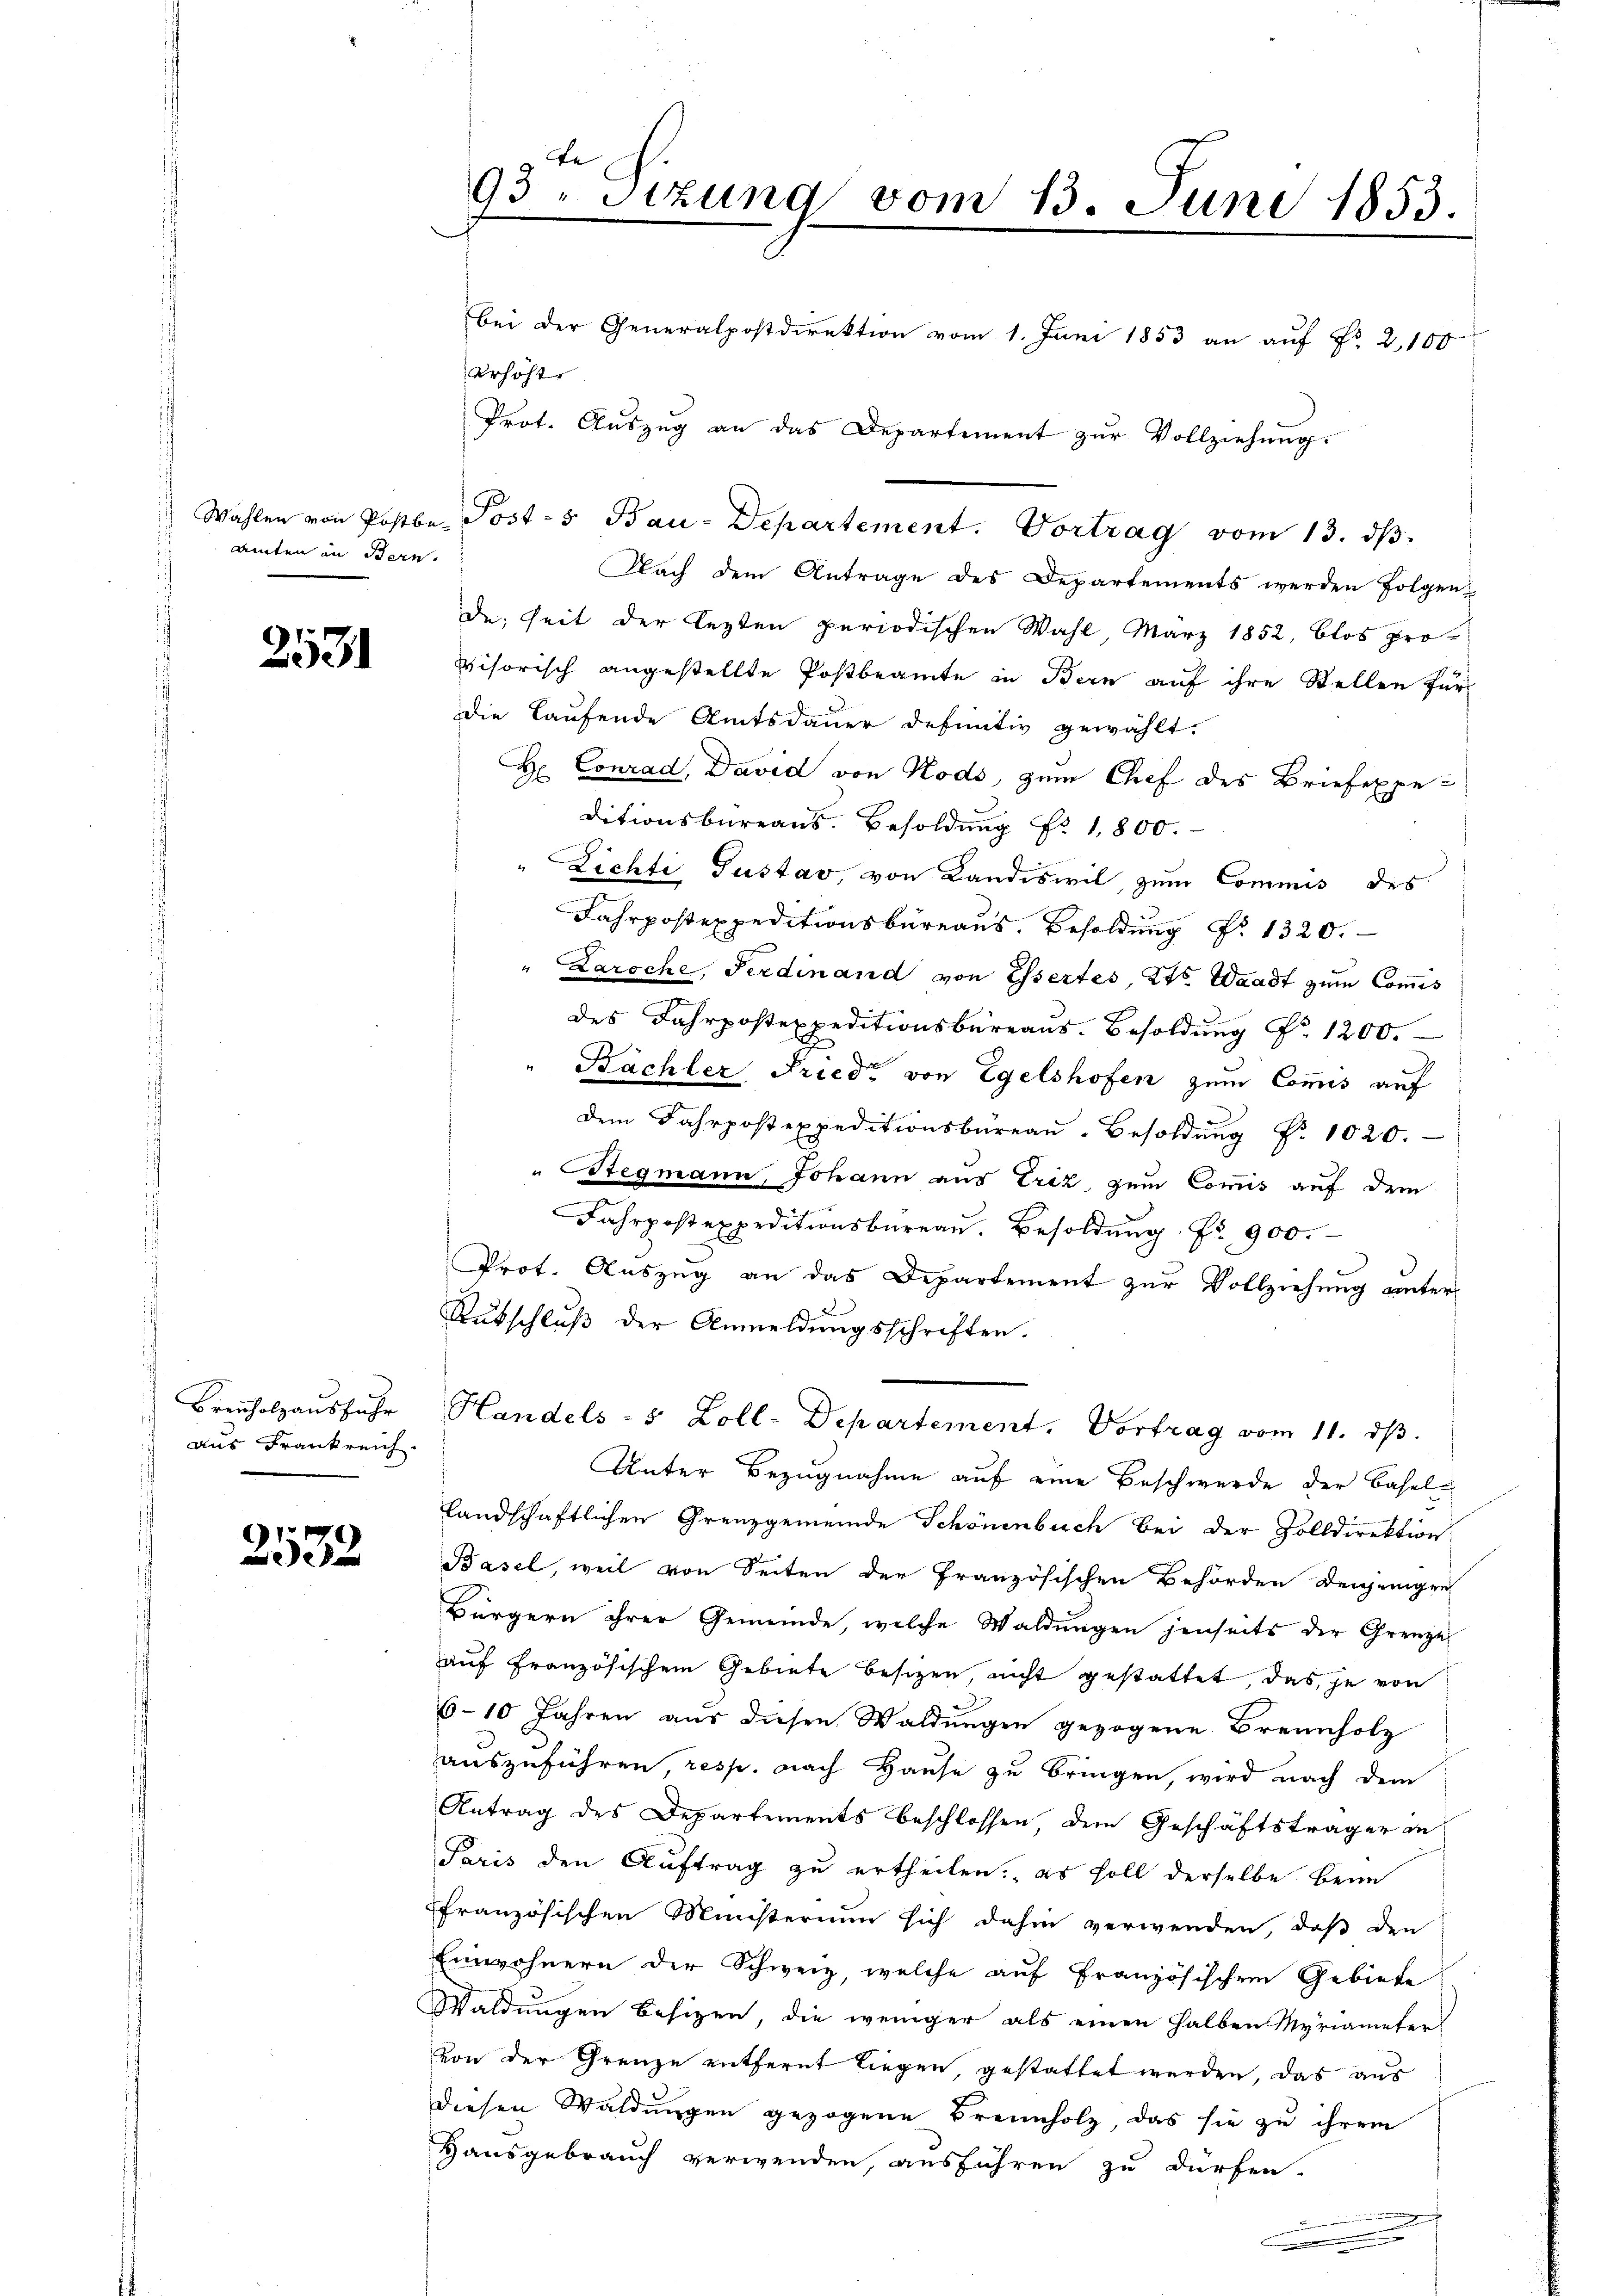
Amten in Bern.

2531

Brennholzausfuhr
aus Frankreich.

2532.

93. Sitzung vom 13. Juni 1853.

erhöht.
Nach dem Antrage des Departements werden folgen-
de; seit der lezten periodischen Wahl, März 1852, blos pro-
visorisch angestellte Postbeamte in Bern auf ihre Stellen für
die Laufende Amtsdauer definitiv gewählt.
A
Conrad, David von Kods, zum Chef des Briefexpe¬
2
ditionsbureaus. Besoldung Nr. 1,800.
" Lichti Gustav, von Landoswil, zum Commis des
Jahrposexpeditionsbüreaus. Besoldung Nr. 1320.
" Laroche, Ferdinand von Essertes, 2te Waadt zum Commis
des Fahrpostexpeditionsbüreaus. Besoldung Nr. 1200.
Bächler, Fried von Egelshofen zum Commis auf
dem Jahrpostexpeditionsbüreau. Besoldŭng Nr. 1020.
Stegmann, Johann aus Triz, zum Commis auf dem
Fahrpostexpeditionsbüreau. Besoldŭng Nr. 900.
Prot. Auszug an das Departement zur Vollziehung unter¬
Rutschluß der Anmeldungsschriften.
Handels- 5 Zoll-Departement. Vortrag vom 11. dβ.
Unter Bezugnahme auf eine Beschwerde der Basellandschaftlichen Grenzgemeinde Schönenbuch bei der Zolldirektion
Basel, weil von Seiten der Französischen Behörden denjenigen
Bürgern ihrer Gemeinde, welche Waldungen jenseits der Grenze
auf Französischem Gebiete besizen nicht gestattet, das je von
6-10 Jahren aus diesen Waldungen gezogene Brennholz
auszuführen, resp. nach Hause zu bringen, wird nach dem
Antrag des Departements beschlossen dem Geschäftsträger an
Paris den Auftrag zu ertheilen: es soll derselbe. Beim
ffranzösischen Ministerium sich dahin verwenden, daß den
Einwohnern der Schweiz, welche auf französischen Gebiete
Waldungen besizen, die weniger als einen halben Myriameter
von der Grenze entfernt liegen, gestattet werden, das aus
diesen Waldungen gezogene Brennholz, das sie zu ihrem
Hausgebrauch verwenden, ausführen zu dürfen.

.

bei der Generalpostdirektion vom 1. Juni 1853 an auf Fr. 2, 100
Prot. Aŭszŭg an das Departement zŭr Vollziehung.

Wahlen von Postbe Post- u Bau-Departement. Vortrag vom 13. dβ.